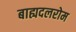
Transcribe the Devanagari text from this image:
बाह्यदलरोम